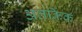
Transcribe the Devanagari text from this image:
अतर्किक